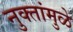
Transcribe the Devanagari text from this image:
नुक्तांमुळे